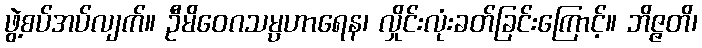
ဖွဲ့စပ်အပ်လျက်။ ဦမိဝေဂသမ္ပဟာရေန၊ လှိုင်းလုံးခတ်ခြင်းကြောင့်။ ဘိဇ္ဇတိ၊